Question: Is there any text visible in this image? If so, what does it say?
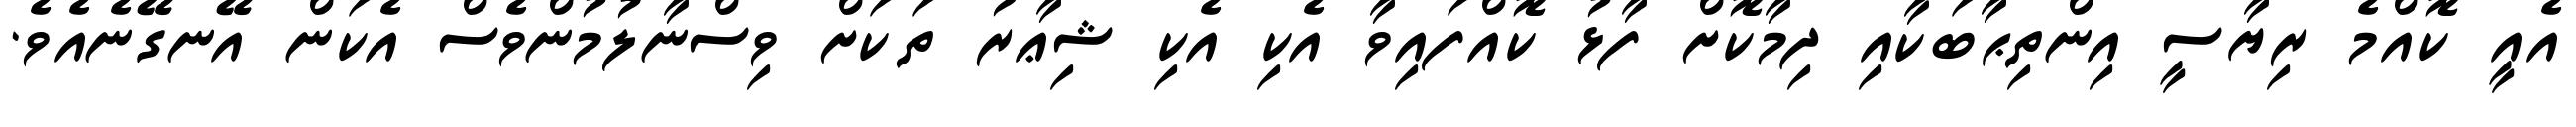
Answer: އެއީ ކޮއްމެ ރިޔާސީ އިންތިޙާބަކާއި ދިމާކޮށް ފާޅު ކޮއްފައިވާ އެކި އެކި ޝިޢާރު ތަކަށް ވިސްނާލުމުންވެސް އެކަން އޭނގޭނެއެވެ.